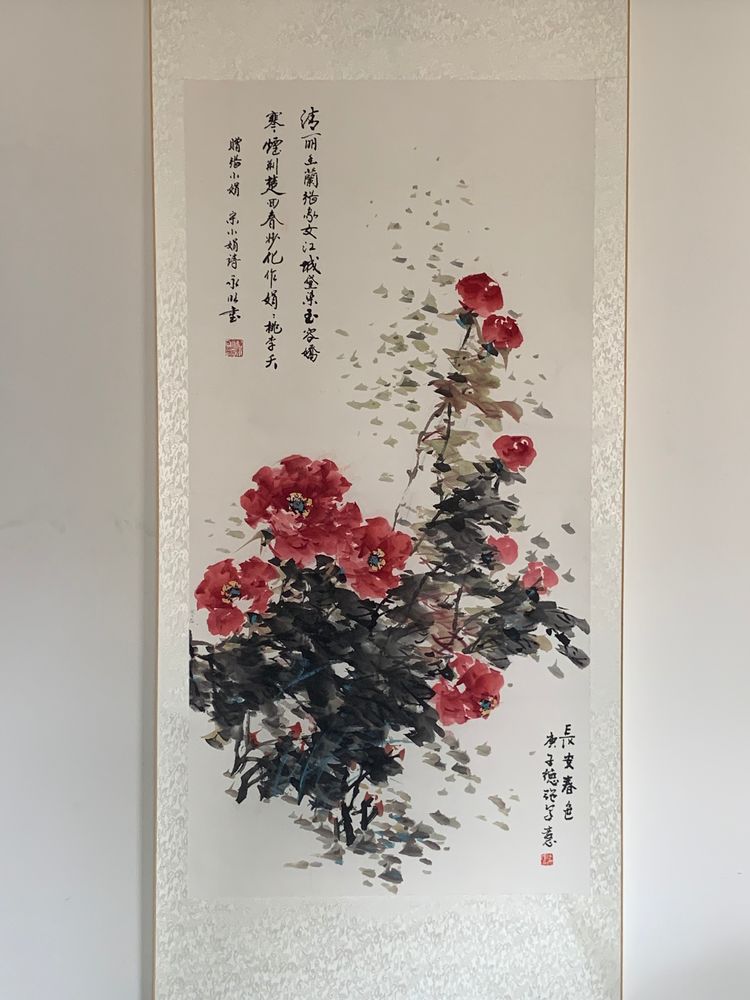
儿大诗书女丝麻，公但读书煮春茶。